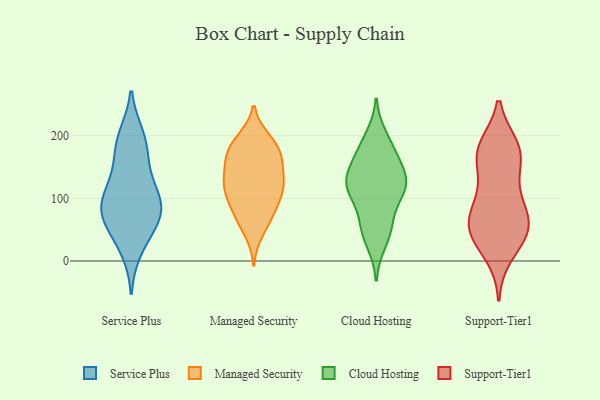
{"axis": {"x": "Demand Index", "y": "Value"}, "legend": ["Cloud Hosting", "Managed Security", "Service Plus", "Support-Tier1"], "data": [{"x": "", "y": 79, "type": "Service Plus"}, {"x": "", "y": 94, "type": "Service Plus"}, {"x": "", "y": 82, "type": "Service Plus"}, {"x": "", "y": 102, "type": "Service Plus"}, {"x": "", "y": 44, "type": "Service Plus"}, {"x": "", "y": 19, "type": "Service Plus"}, {"x": "", "y": 199, "type": "Service Plus"}, {"x": "", "y": 123, "type": "Service Plus"}, {"x": "", "y": 142, "type": "Service Plus"}, {"x": "", "y": 178, "type": "Service Plus"}, {"x": "", "y": 73, "type": "Service Plus"}, {"x": "", "y": 192, "type": "Service Plus"}, {"x": "", "y": 69, "type": "Service Plus"}, {"x": "", "y": 115, "type": "Managed Security"}, {"x": "", "y": 92, "type": "Managed Security"}, {"x": "", "y": 65, "type": "Managed Security"}, {"x": "", "y": 69, "type": "Managed Security"}, {"x": "", "y": 45, "type": "Managed Security"}, {"x": "", "y": 193, "type": "Managed Security"}, {"x": "", "y": 140, "type": "Managed Security"}, {"x": "", "y": 173, "type": "Managed Security"}, {"x": "", "y": 195, "type": "Managed Security"}, {"x": "", "y": 160, "type": "Managed Security"}, {"x": "", "y": 116, "type": "Managed Security"}, {"x": "", "y": 80, "type": "Managed Security"}, {"x": "", "y": 176, "type": "Managed Security"}, {"x": "", "y": 123, "type": "Managed Security"}, {"x": "", "y": 124, "type": "Managed Security"}, {"x": "", "y": 185, "type": "Managed Security"}, {"x": "", "y": 153, "type": "Managed Security"}, {"x": "", "y": 101, "type": "Managed Security"}, {"x": "", "y": 161, "type": "Managed Security"}, {"x": "", "y": 120, "type": "Managed Security"}, {"x": "", "y": 125, "type": "Cloud Hosting"}, {"x": "", "y": 199, "type": "Cloud Hosting"}, {"x": "", "y": 135, "type": "Cloud Hosting"}, {"x": "", "y": 182, "type": "Cloud Hosting"}, {"x": "", "y": 29, "type": "Cloud Hosting"}, {"x": "", "y": 176, "type": "Cloud Hosting"}, {"x": "", "y": 59, "type": "Cloud Hosting"}, {"x": "", "y": 106, "type": "Cloud Hosting"}, {"x": "", "y": 117, "type": "Cloud Hosting"}, {"x": "", "y": 121, "type": "Cloud Hosting"}, {"x": "", "y": 149, "type": "Cloud Hosting"}, {"x": "", "y": 51, "type": "Cloud Hosting"}, {"x": "", "y": 113, "type": "Cloud Hosting"}, {"x": "", "y": 157, "type": "Cloud Hosting"}, {"x": "", "y": 56, "type": "Cloud Hosting"}, {"x": "", "y": 116, "type": "Cloud Hosting"}, {"x": "", "y": 52, "type": "Support-Tier1"}, {"x": "", "y": 70, "type": "Support-Tier1"}, {"x": "", "y": 167, "type": "Support-Tier1"}, {"x": "", "y": 45, "type": "Support-Tier1"}, {"x": "", "y": 50, "type": "Support-Tier1"}, {"x": "", "y": 11, "type": "Support-Tier1"}, {"x": "", "y": 46, "type": "Support-Tier1"}, {"x": "", "y": 90, "type": "Support-Tier1"}, {"x": "", "y": 176, "type": "Support-Tier1"}, {"x": "", "y": 181, "type": "Support-Tier1"}, {"x": "", "y": 175, "type": "Support-Tier1"}, {"x": "", "y": 96, "type": "Support-Tier1"}, {"x": "", "y": 50, "type": "Support-Tier1"}, {"x": "", "y": 123, "type": "Support-Tier1"}, {"x": "", "y": 172, "type": "Support-Tier1"}]}